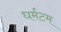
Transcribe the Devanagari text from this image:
धर्मटम